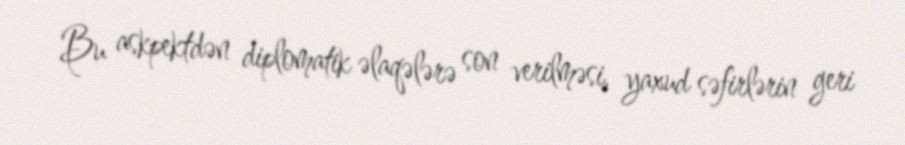
Bu askpektdən diplomatik əlaqələrə son verilməsi, yaxud səfirlərin geri